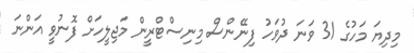
މިދިޔަ މަހުގެ 31 ވަނަ ދުވަހު ފިނޭންސް މިނިސްޓްރީން މަޖިލީހަށް ފޮނުވީ އަންނަ